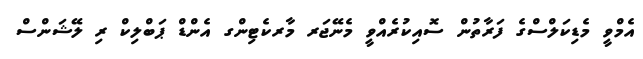
އެމްވީ މެޑިކަލްސްގެ ފަރާތުން ސޮއިކުރެއްވީ މެނޭޖަރ މާރކެޓިންގ އެންޑް ޕަބްލިކް ރި ލޭޝަންސް